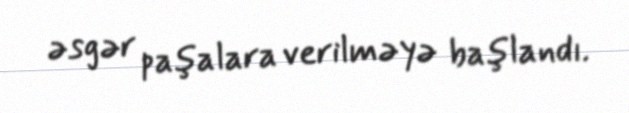
əsgər paşalara verilməyə başlandı.